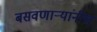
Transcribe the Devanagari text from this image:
बसवणाऱ्यांनीच